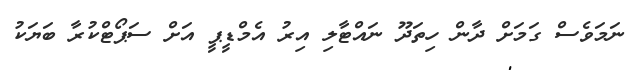
ނަމަވެސް ގަމަށް ދާން ހިތަދޫ ނައްޓާލި އިރު އެމްޑީޕީ އަށް ސަޕޯޓްކުރާ ބަޔަކު